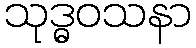
သုဒ္ဓဝသနာ